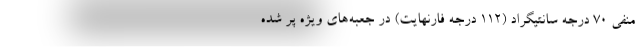
منفی ۷۰ درجه سانتیگراد (۱۱۲ درجه فارنهایت) در جعبه‌های ویژه پر شده